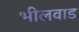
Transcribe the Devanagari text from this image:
भीलवाड